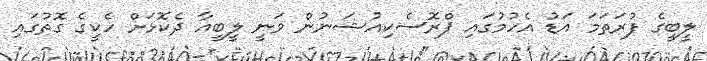
ލީބީގެ ފުރަތަމަ އަޑު އެހުމުގައި ޕްރޮސެކިއުޝަނުން ވަނީ ލީބީއާ ދެކޮޅަށް ހެކީގެ ގޮތުގައި